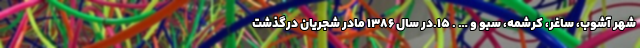
شهر آشوب، ساغر، کرشمه، سبو و … . ۱۵.در سال ۱۳۸۶ مادر شجریان درگذشت